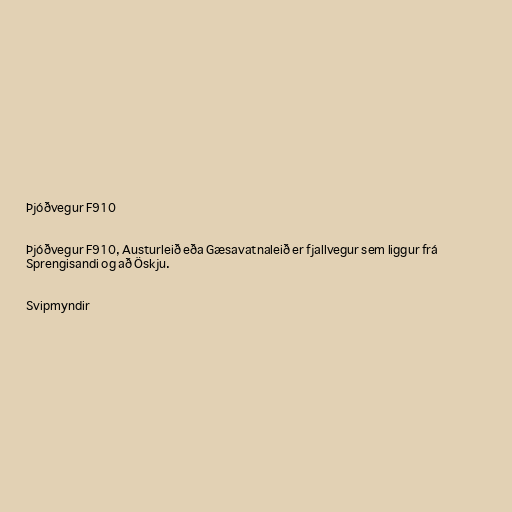
Þjóðvegur F910

Þjóðvegur F910, Austurleið eða Gæsavatnaleið er fjallvegur sem liggur frá
Sprengisandi og að Öskju.

Svipmyndir